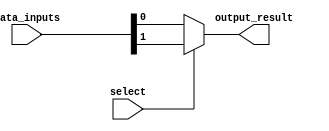
module mux_2_1(
    input [1:0] data_inputs, 
    input select,
    output output_result
);
    assign output_result = select ? data_inputs[1] : data_inputs[0];
endmodule